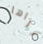
نراها